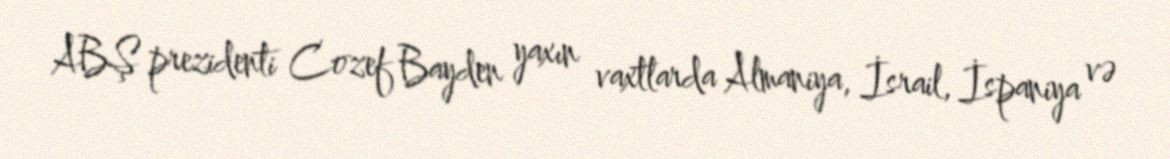
ABŞ prezidenti Cozef Bayden yaxın vaxtlarda Almaniya, İsrail, İspaniya və